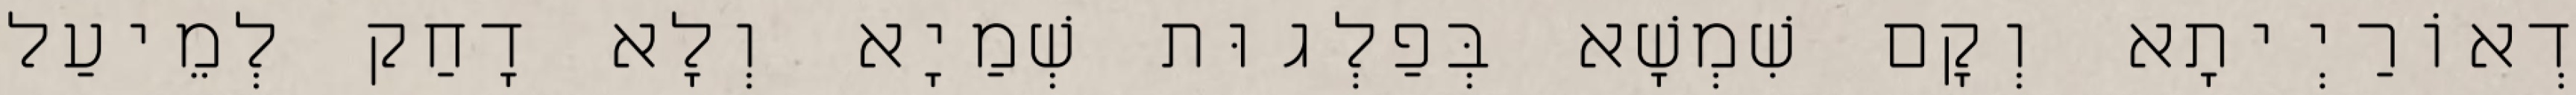
דְאוֹרַיְיתָא וְקָם שִׁמְשָׁא בְּפַלְגוּת שְׁמַיָא וְלָא דָחַק לְמֵיעַל